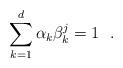
LaTeX: \begin{align*} \sum\limits_{k=1}^d {\alpha_{k}}{\beta^j_k}=1 \ \ . \end{align*}